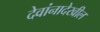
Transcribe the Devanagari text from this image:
देवांनादेखील